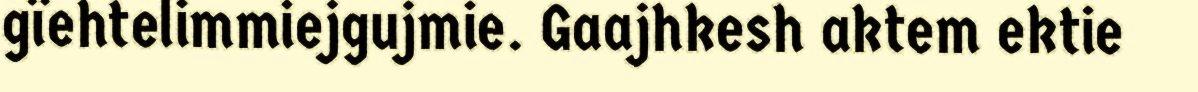
gïehtelimmiejgujmie. Gaajhkesh aktem ektie